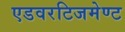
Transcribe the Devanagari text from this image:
एडवरटिजमेण्ट